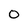
Character: O